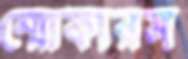
স্মোকারস